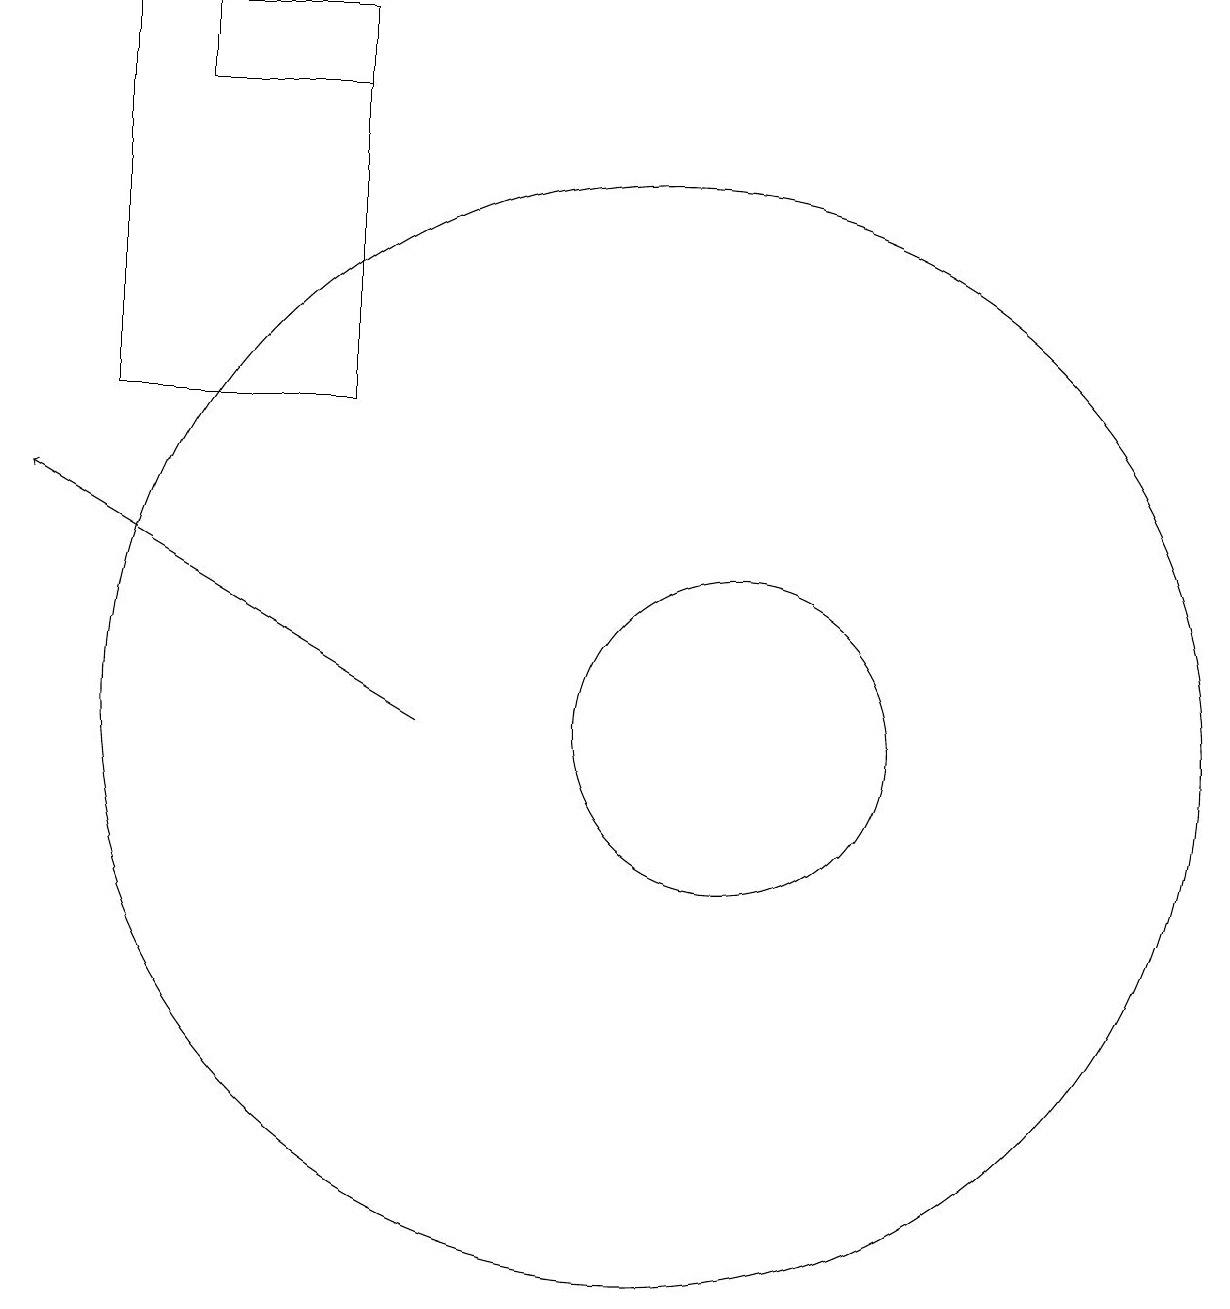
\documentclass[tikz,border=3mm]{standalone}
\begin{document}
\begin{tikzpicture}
\draw (6,19) rectangle (3,14);
\draw (10,10) circle (7);
\draw (11,10) circle (2);
\draw[->] (7,10) -- (2,13);
\draw (4,18) rectangle (6,19);
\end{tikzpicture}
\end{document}